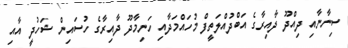
ސިނާނާއި ދިއްދޫ ދާއިރާގެ އަބްދުއްލަތީފް މުހައްމަދާއި ހަނިމާދޫ ދާއިރާގެ ހުސައިން ޝަހުދީ އާއި